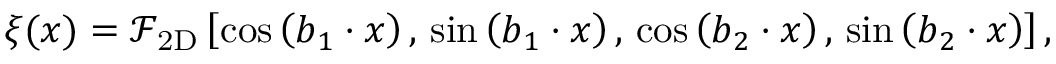
\begin{array} { r } { \xi ( { \boldsymbol x } ) = \mathcal { F } _ { \mathrm { 2 D } } \left[ \cos \left( { \boldsymbol b _ { 1 } } \cdot { \boldsymbol x } \right) , \, \sin \left( { \boldsymbol b _ { 1 } } \cdot { \boldsymbol x } \right) , \, \cos \left( { \boldsymbol b _ { 2 } } \cdot { \boldsymbol x } \right) , \, \sin \left( { \boldsymbol b _ { 2 } } \cdot { \boldsymbol x } \right) \right] , } \end{array}